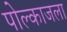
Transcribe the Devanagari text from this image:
पोल्काजला